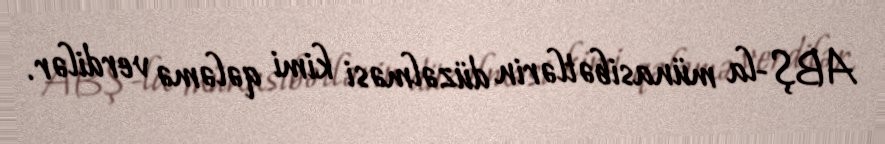
ABŞ-la münasibətlərin düzəlməsi kimi qələmə verdilər.